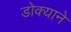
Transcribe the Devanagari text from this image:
डोक्याने